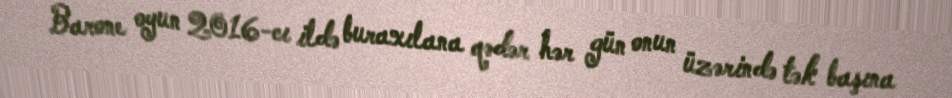
Barone oyun 2016-cı ildə buraxılana qədər hər gün onun üzərində tək başına